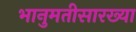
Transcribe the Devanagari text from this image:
भानुमतीसारख्या